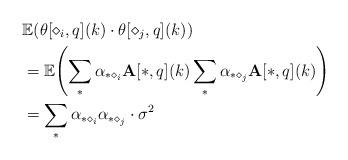
LaTeX: \begin{align*}& \mathbb{E}{\left( \mathbf{\theta}[\diamond_i, q](k) \cdot \mathbf{\theta}[\diamond_j, q](k) \right) } \\&=\mathbb{E}{\left( \sum_{*}{\alpha_{* \diamond_i} \mathbf{A}[*, q](k)} \sum_{*}{\alpha_{* \diamond_j} \mathbf{A}[*, q](k)} \right) } \\&= \sum_{*}{\alpha_{* \diamond_i} \alpha_{* \diamond_j} \cdot \sigma^2}\end{align*}